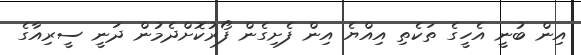
އިން ބުނީ އެހީގެ ތަކެތި އިއްޔެ އިން ފެށިގެން ފޯރުކޮށްދެމުން ދަނީ ސީރިއާގެ